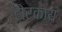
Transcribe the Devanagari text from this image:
टोरकाय